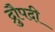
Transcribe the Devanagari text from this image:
द्रुौपदी